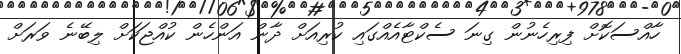
ހާއްސަކޮށް ފިރިހެނުން ގިނަ ސެކްޓާއެއްގައި ކުރިއަށް ދާން އަންހެން ކުއްޖަކަށް ލިބޭނެ ވަރަށް